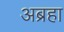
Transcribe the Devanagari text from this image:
अब्रहा